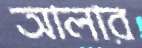
আলার